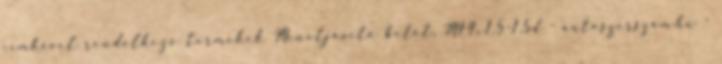
címkével rendelkező termékek Menetjavító betét, M14x1.5-1,5d - autoszerszam.hu -